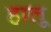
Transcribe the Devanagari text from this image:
हालू